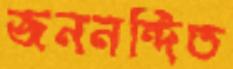
জননন্দিত